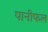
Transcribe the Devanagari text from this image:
पानीफल